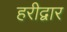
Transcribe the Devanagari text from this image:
हरीद्वार